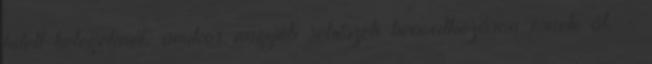
kitett betegeknél, amikor nagyob sebészeti beavatkozáson esnek át. -